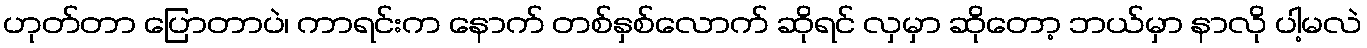
ဟုတ်တာ ပြောတာပဲ၊ ကာရင်းက နောက် တစ်နှစ်လောက် ဆိုရင် လှမှာ ဆိုတော့ ဘယ်မှာ နာလို ပါ့မလဲ